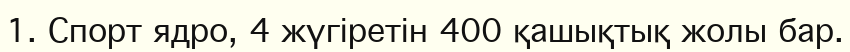
1. Спорт ядро, 4 жүгіретін 400 қашықтық жолы бар.